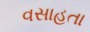
વસાહતા